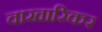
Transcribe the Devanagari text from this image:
वाखारिकर